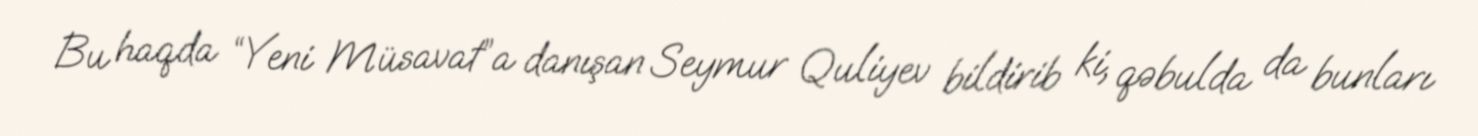
Bu haqda “Yeni Müsavat”a danışan Seymur Quliyev bildirib ki, qəbulda da bunları